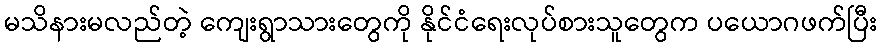
မသိနားမလည်တဲ့ ကျေးရွာသားတွေကို နိုင်ငံရေးလုပ်စားသူတွေက ပယောဂဖက်ပြီး